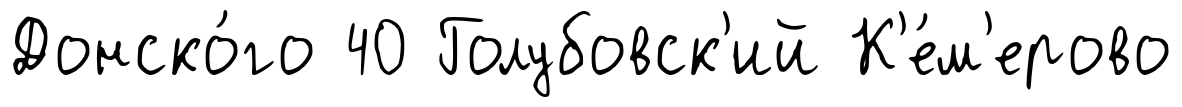
Донско́го 40 Голубовск'ий К'е́м'ерово